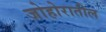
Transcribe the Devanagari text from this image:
जोहोरातील